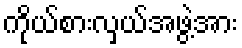
ကိုယ်စားလှယ်အဖွဲ့အား